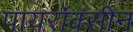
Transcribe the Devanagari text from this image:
पायरॉक्सीन